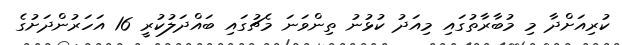
ކުރިއަށްދާ މި މުބާރާތުގައި މިއަދު ކުޅުނު ތިންވަނަ މެޗުގައި ބައްދަލުކުރީ 16 އަހަރުންދަށުގެ